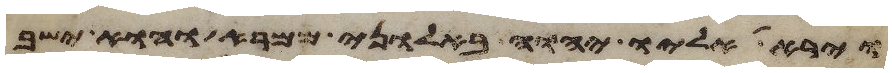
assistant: וירא אליו יהוה באלוני ממרא והוא ישב